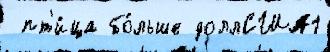
 пт'и́ца бо́льше доллСША1